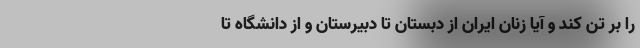
را بر تن کند و آیا زنان ایران از دبستان تا دبیرستان و از دانشگاه تا